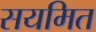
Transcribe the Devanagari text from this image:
सयमित